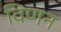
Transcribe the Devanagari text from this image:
विणन